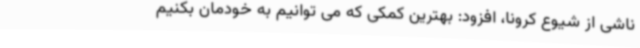
ناشی از شیوع کرونا، افزود: بهترین کمکی که می توانیم به خودمان بکنیم